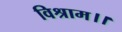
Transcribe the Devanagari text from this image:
विश्राम।।